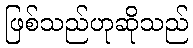
ဖြစ်သည်ဟုဆိုသည်